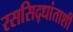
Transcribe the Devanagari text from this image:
रससिद्धांताशी